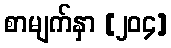
စာမျက်နှာ [၂၀၄]